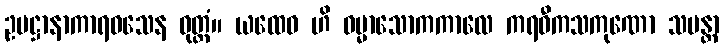
ဥပဋ္ဌာနာကာရဝသေန ဝုတ္တံ။ ယထေဝ ဟိ ဓမ္မာသောကကာလေ ကရဝီကသကုဏော သမန္တာ